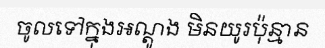
ចូលទៅក្នុងអណ្តូង មិនយូរប៉ុន្មាន